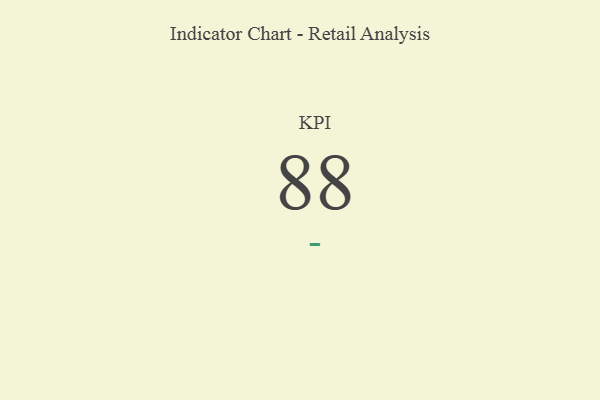
{"axis": {"x": "KPI", "y": "Value"}, "legend": [""], "data": [{"x": "KPI", "y": 88, "type": ""}]}